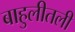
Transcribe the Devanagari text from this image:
बाहुलीतली